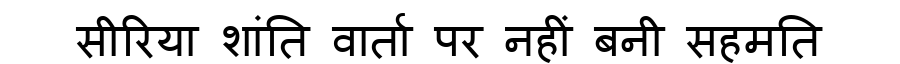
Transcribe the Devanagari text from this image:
सीरिया शांति वार्ता पर नहीं बनी सहमति